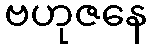
ဗဟုဇနေ